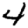
Digit: 4